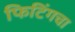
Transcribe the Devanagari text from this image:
फिटिंगचा